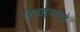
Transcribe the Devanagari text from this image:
शिरल्यामुळे